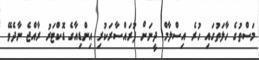
މަސްތުގެ ހާލަތުގައި ހުރެ އިސްލާމް ދީނަށް ފުރައްސާރަކުރި އިންޑިއާގެ ޑޮކްޓަރު ރާއްޖެ ނާދެވޭ